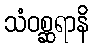
သံဝစ္ဆရာနိ